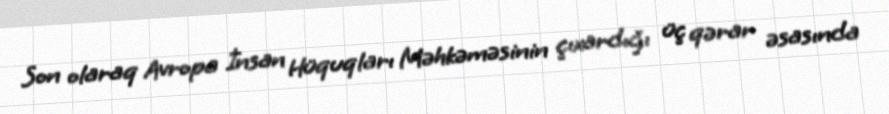
Son olaraq Avropa İnsan Hüquqları Məhkəməsinin çıxardığı üç qərar əsasında